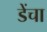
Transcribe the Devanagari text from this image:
डेंचा